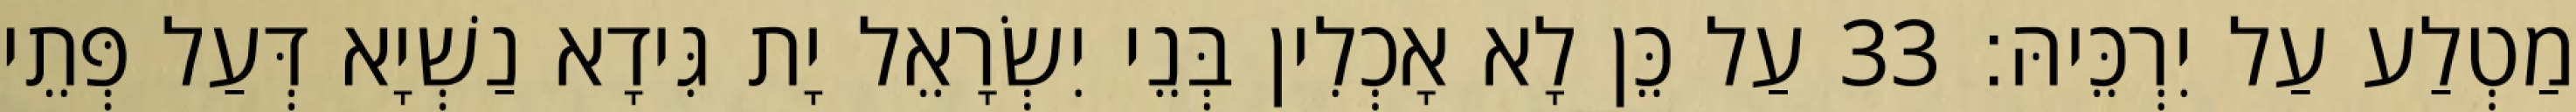
מַטְלַע עַל יִרְכֵּיהּ׃ 33 עַל כֵּן לָא אָכְלִין בְּנֵי יִשְׂרָאֵל יָת גִּידָא נַשְׁיָא דְּעַל פְּתֵי